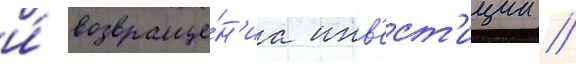
и́ возвраще́н'иа инв'ест'иции //